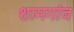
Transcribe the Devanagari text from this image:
शामगांव